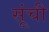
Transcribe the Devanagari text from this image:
सूंची